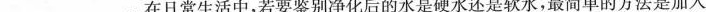
___。在日常生活中，若要鉴别净化后的水是硬水还是软水，最简单的方法是加入